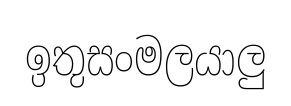
ඉතුසංමලයාලු